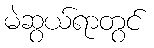
မဲဆွယ်ရာတွင်